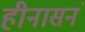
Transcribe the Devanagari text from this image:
हीनासनं